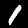
Digit: 1